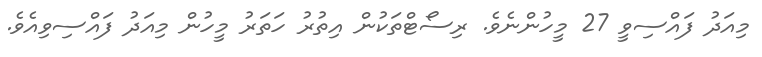
މިއަދު ފައްސިވީ 27 މީހުންނެވެ. ރިސޯޓްތަކުން އިތުރު ހަތަރު މީހުން މިއަދު ފައްސިވިއެވެ.